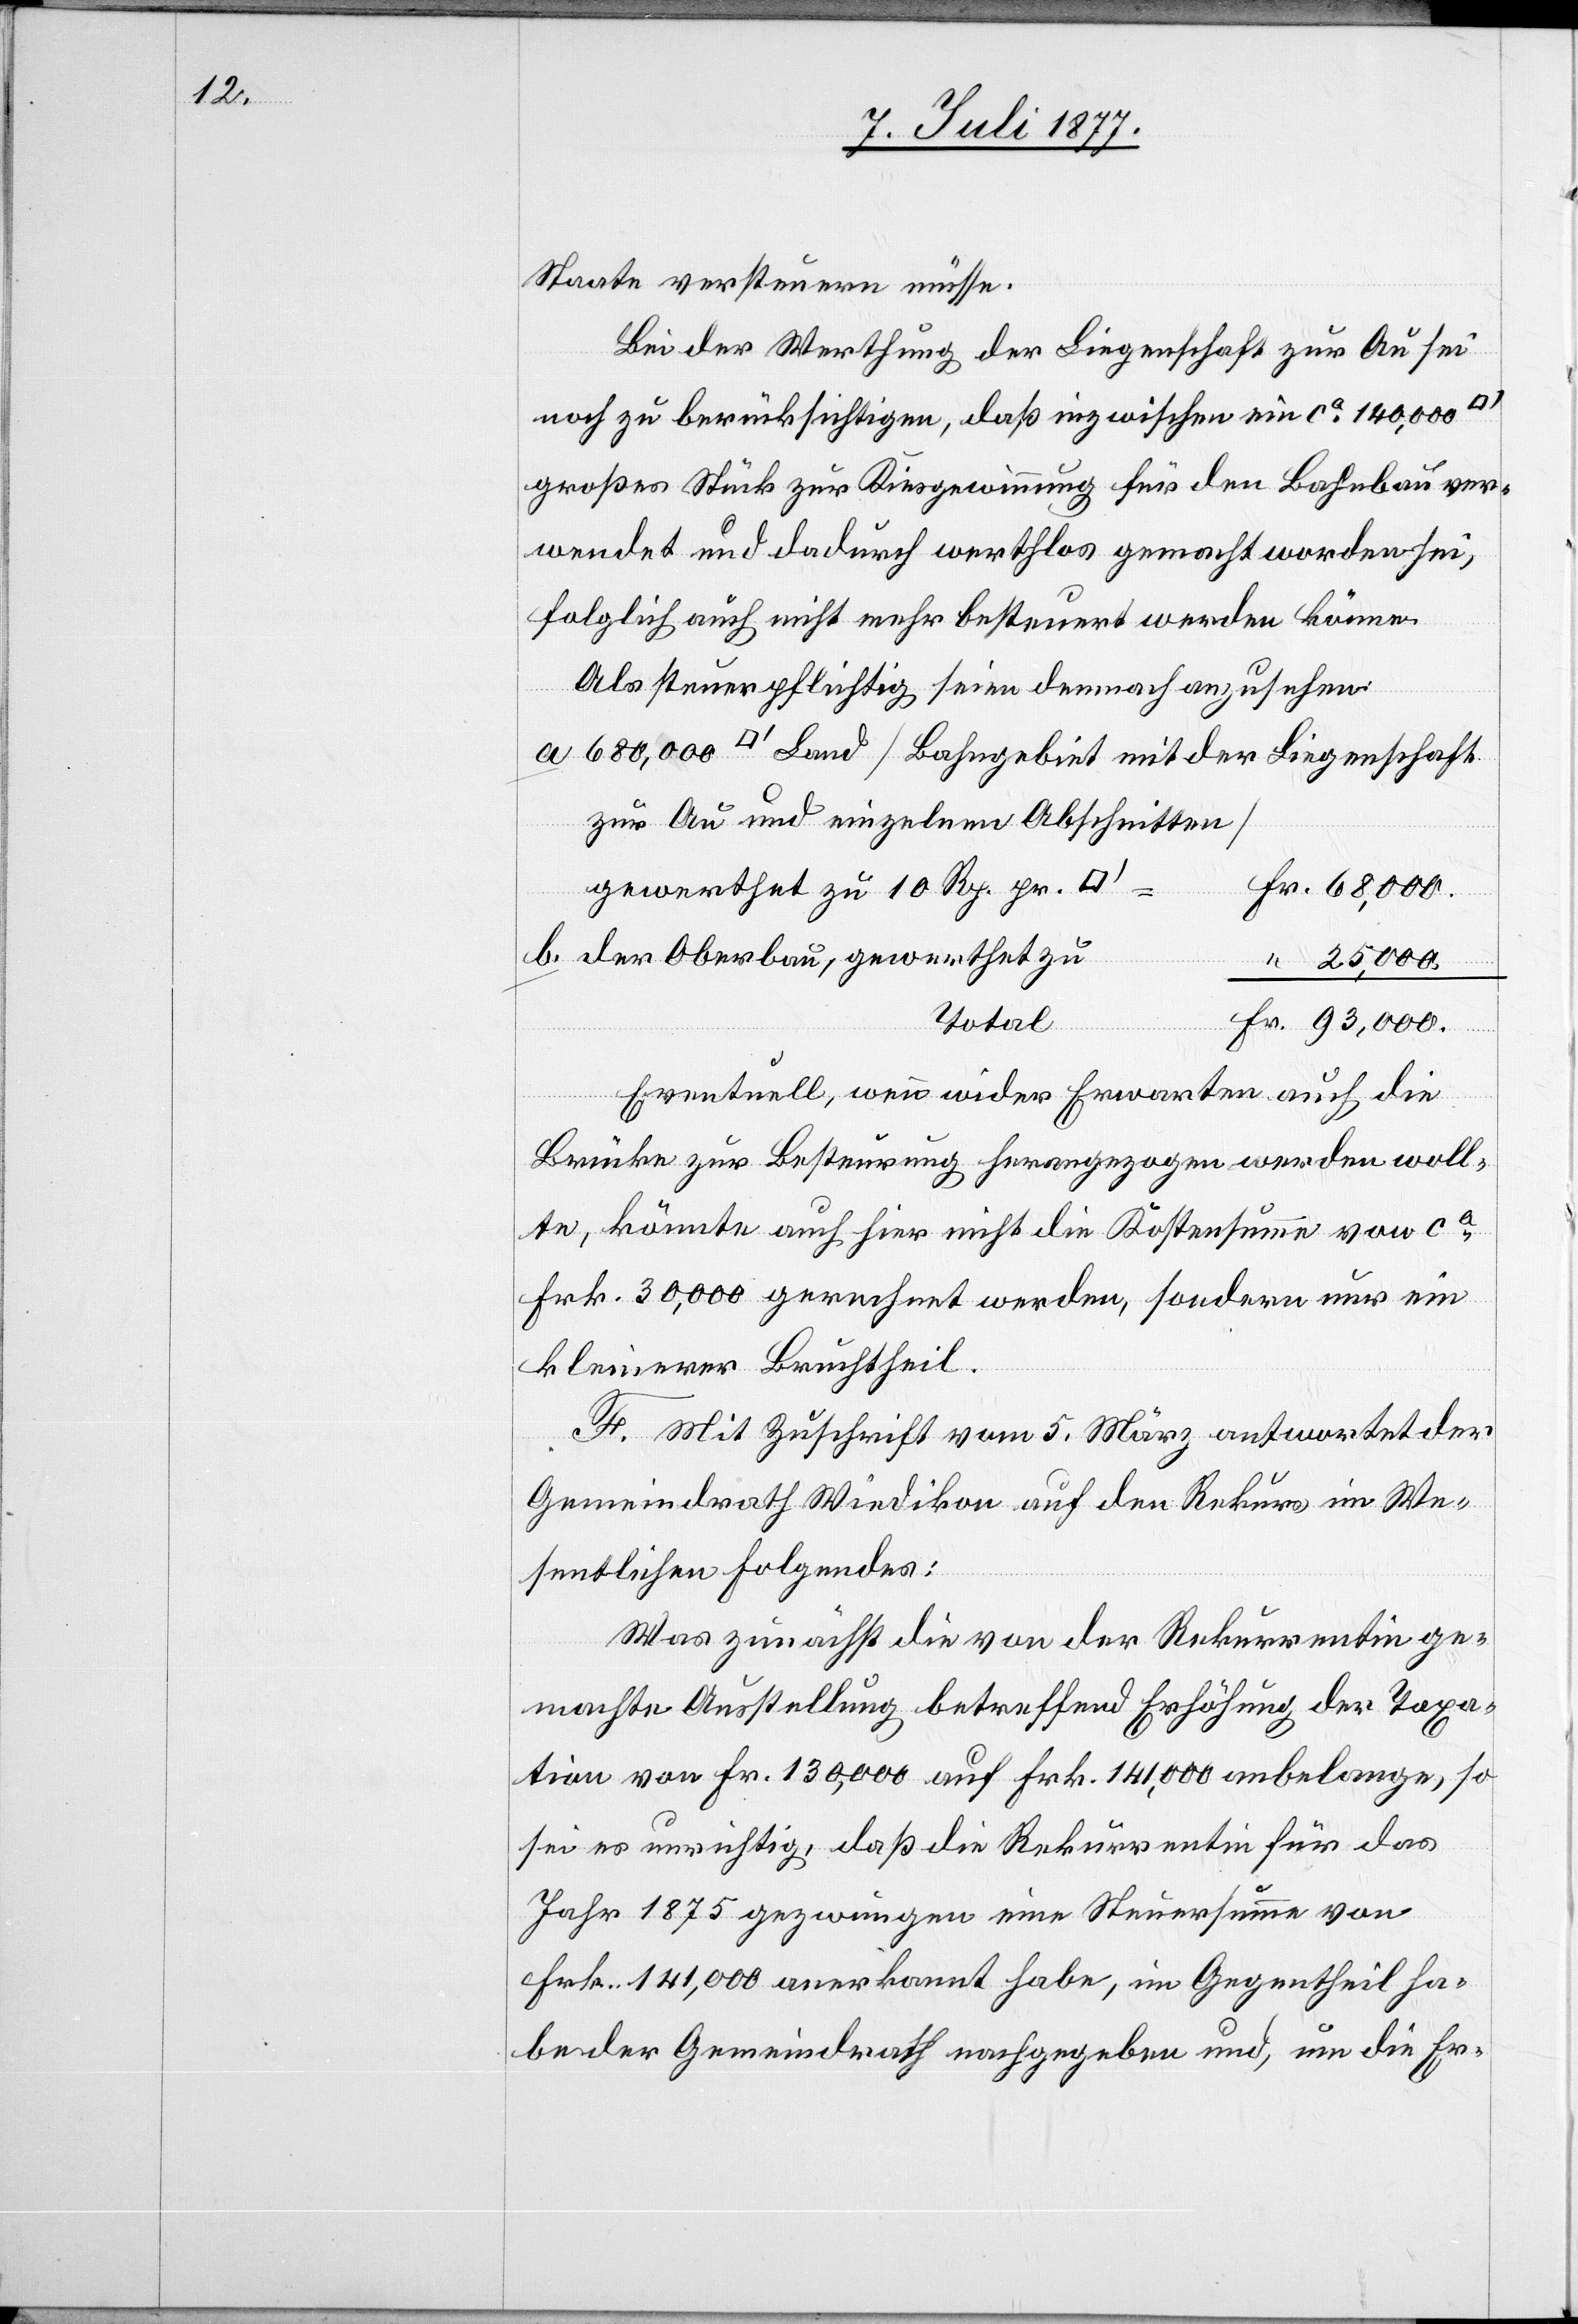
Staate versteuern müsse.
Bei der Werthung der Liegenschaft zur Au sei
noch zu berücksichtigen, daß inzwischen ein ca 140,000
großes Stück zur Kiesgewinnung für den Bahnbau ver¬
wendet und dadurch werthlos gemacht worden sei,
folglich auch nicht mehr besteuert werden könne.
Als steuerpflichtig seien demnach anzusehen:
zur Au und einzelnen Abschnitten]
Fr. 68,000.
gewerthet zu 10 Rp. pr.
der Oberbau, gewerthet zu
“ 25,000.
Total
Fr. 93,000.
der
Eventuell, wenn wider Erwarten auch die
Brücke zur Besteurung herangezogen werden woll¬
te, könnte auch hier nicht die Kostensumme von ca
Frk. 30,000 gerechnet werden, sondern nur ein
kleinerer Bruchtheil.
F. Mit Zuschrift vom 5. März antwortet der
Gemeindrath Wiedikon auf den Rekurs im We¬
sentlichen Folgendes:
Was zunächst die von der Rekurrentin ge¬
machte Ausstellung betreffend Erhöhung der Taxa¬
tion von Fr. 130,000 auf Frk. 141,000 anbelange, so
sei es unrichtig, daß die Rekurrentin für das
Jahr 1875 gezwungen eine Steuersumme von
Frk. 141,000 anerkannt habe, im Gegentheil ha¬
be der Gemeindrath nachgegeben und, um die Er-